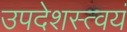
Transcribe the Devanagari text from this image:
उपदेशस्त्वयं